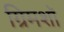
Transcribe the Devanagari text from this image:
ग्रिमशॉ